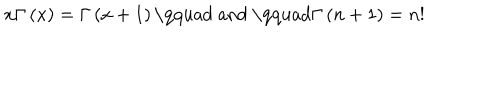
LaTeX: x \Gamma \left( x \right) = \Gamma \left( x + 1 \right) \mathrm { \qquad ~ a n d ~ \qquad } \Gamma \left( n + 1 \right) = n !